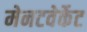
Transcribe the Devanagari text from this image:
मेनटवेर्केट